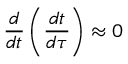
{ \frac { d } { d t } } \left( { \frac { d t } { d \tau } } \right) \approx 0